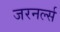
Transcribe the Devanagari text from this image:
जरनर्ल्स